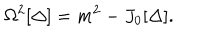
\Omega ^ { 2 } [ \Delta ] = m ^ { 2 } - J _ { 0 } [ \Delta ] .